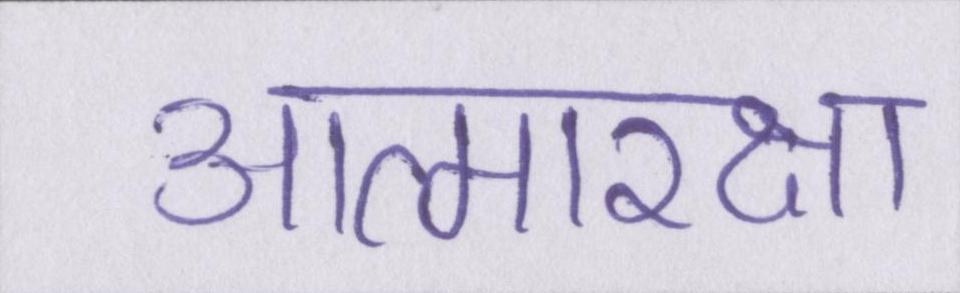
आत्मरक्षा